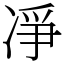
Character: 凈